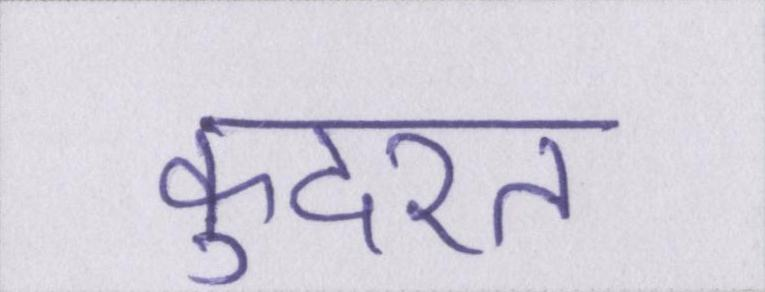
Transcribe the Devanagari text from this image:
कुदरत